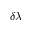
\delta \lambda